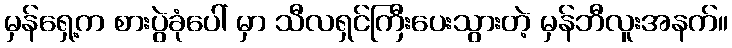
မှန်ရှေ့က စားပွဲခုံပေါ် မှာ သီလရှင်ကြီးပေးသွားတဲ့ မှန်ဘီလူးအနက်။